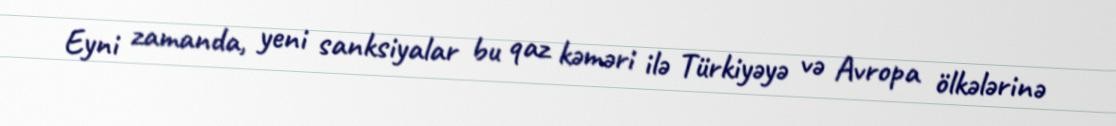
Eyni zamanda, yeni sanksiyalar bu qaz kəməri ilə Türkiyəyə və Avropa ölkələrinə